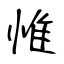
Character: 惟